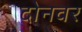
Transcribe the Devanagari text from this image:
दोनवर